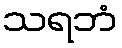
သရဘံ